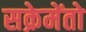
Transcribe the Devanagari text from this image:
सक्रेमेंतो